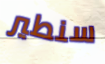
سنطير